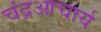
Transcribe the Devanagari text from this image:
चंद्रआचार्य